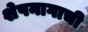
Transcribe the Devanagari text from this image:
शेषनागाची